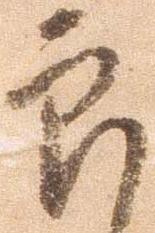
郎